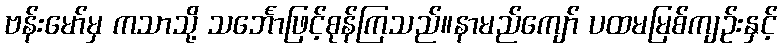
ဗန်းမော်မှ ကသာသို့ သင်္ဘောဖြင့်စုန်ကြသည်။နာမည်ကျော် ပထမမြစ်ကျဉ်းနှင့်